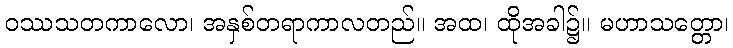
ဝဿသတကာလော၊ အနှစ်တရာကာလတည်။ အထ၊ ထိုအခါ၌။ မဟာသတ္တော၊